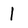
Character: 1